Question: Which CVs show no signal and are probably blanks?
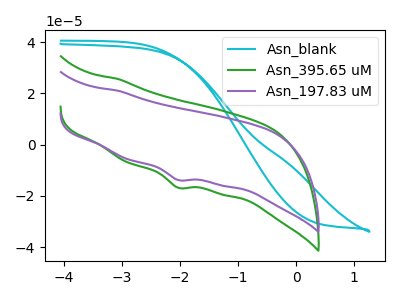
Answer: <think>The cyan curve "Asn_blank" has no peaks. The green curve "Asn_395.65 uM" has a cathodic peak at: (-2.05V, -16.85uA). The purple curve "Asn_197.83 uM" has a cathodic peak at: (-2.05V, -13.80uA).</think>
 <answer>"Asn_blank" is likely to be a blank.</answer>
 <eval>Asn_blank</eval>